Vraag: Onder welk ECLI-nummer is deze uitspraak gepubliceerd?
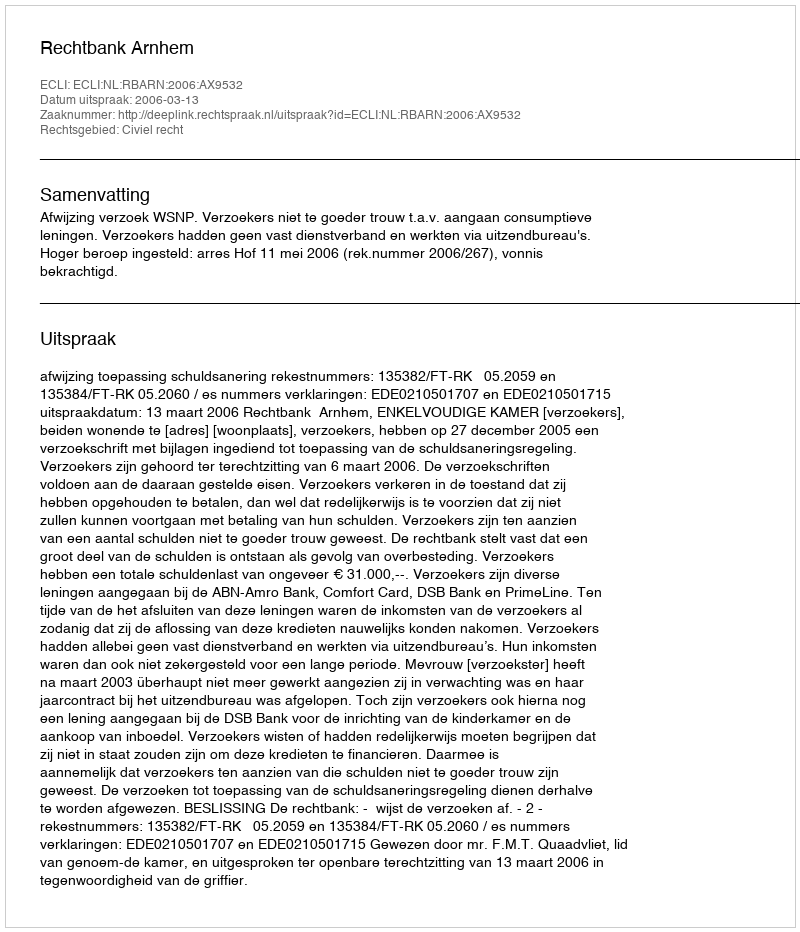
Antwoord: ECLI:NL:RBARN:2006:AX9532